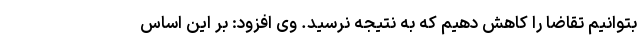
بتوانیم تقاضا را کاهش دهیم که به نتیجه نرسید. وی افزود: بر این اساس